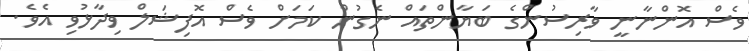
ވެސް އޮންނާނީ ވާރިސުންގެ ބަޔާންތައް ނެގުން ކަމަށް ވެސް އޮފިޝަލް ވިދާޅުވި އެވެ.